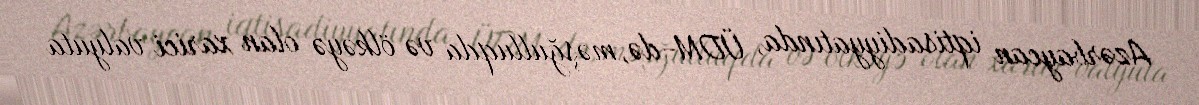
Azərbaycan iqtisadiyyatında, ÜDM-də, məşğulluqda və ölkəyə olan xarici valyuta